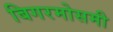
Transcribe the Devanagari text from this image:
बिगरमोसमी